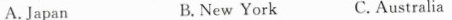
A. Japan B. New York C. Australia